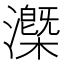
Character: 𰝧